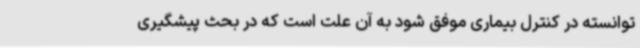
توانسته در کنترل بیماری موفق شود به آن علت است که در بحث پیشگیری